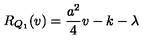
R _ { Q _ { 1 } } ( v ) = \frac { a ^ { 2 } } { 4 } v - k - \lambda